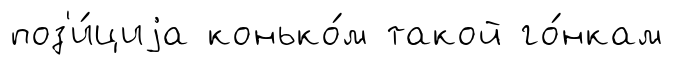
поз'и́циjа конько́м такой го́нкам